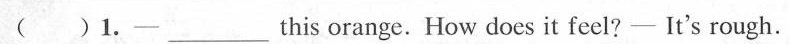
( )1.-___ this orange. How does it feel?- It's rough.